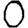
Digit: 0